Report on vaccination in the Province of Bengal - 1869-1873
Year: 1869
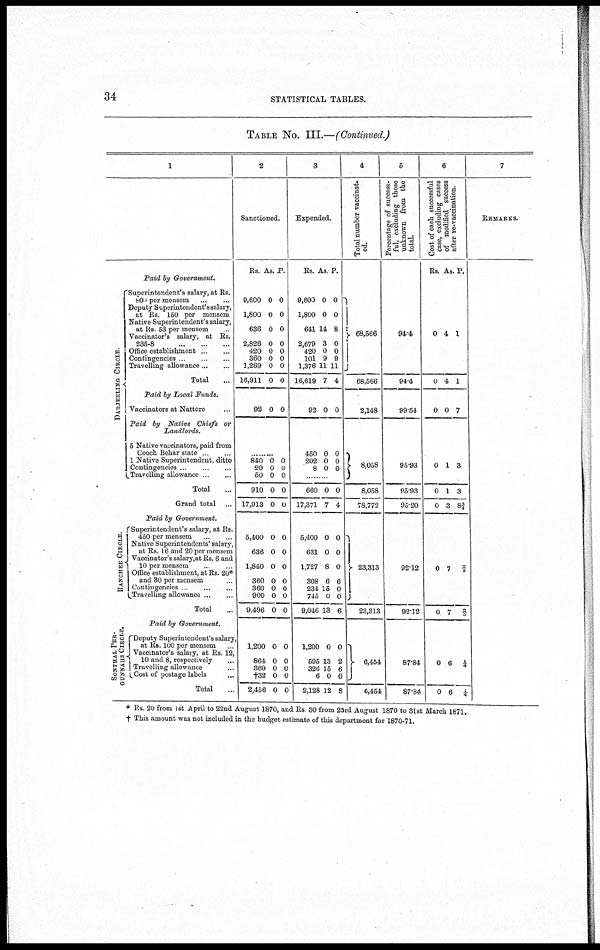
34
STATISTICAL TABLES.
TABLE No. III.—(Continued.)
1
DARJE E L ING CIRCLE.
RANCHEE CIRCLE.
SONTHAL PER¬
GUNNAHS CIRCLE.
Paid by Government.
Superintendent's salary, at Rs.
800 per mensem
...
...
Deputy Superintendent's salary,
at Rs. 150 per mensem
Native Superintendent's salary,
at Rs. 53 per mensem ...
Vaccinator's salary, at Rs.
235-8
...
...
...
Office establishment
...
...
Contingencies ... ...
Travelling allowance ... ...
Total ...
Paid by Local Funds.
Vaccinators at Nattore ...
Paid by Native Chiefs or
Landlords.
5 Native vaccinators, paid from
Cooch Behar state ...
1 Native Superintendent, ditto
Contingencies ... ... ...
Travelling allowance ... ...
Total ...
Grand total ...
Paid by Government.
Superintendent's salary, at Rs.
450 per mensem ...
Native Superintendents' salary,
at Rs 16 and 20 per mensem
Vaccinator's salary,at Rs. 6 and
10 per mensem ...
Office establishment, at Rs. 20*
and 30 per mensem ...
Contingencies
...
...
Travelling allowance ... ...
Total ...
Paid by Government.
Deputy Superintendent's salary,
at Rs. 100 per mensem ...
Vaccinator's salary, at Rs. 12,
10 and 8, respectively ...
Travelling allowance ...
Cost of postage labels ...
Total ...
2
Sanctioned.
Rs.
9,600
1,800
636
2,826
420
360
1,269
16,911
As.
0
0
0
0
0
0
0
0
P.
0
0
0
0
0
0
0
0
92 0 0
.........
840
20
50
910
17,913
0
0
0
0
0
0
0
0
0
0
5,400
636
1,840
360
360
900
9,496
0
0
0
0
0
0
0
0
0
0
0
0
0
0
1,200
864
360
†32
2,456
0
0
0
0
0
0
0
0
0
0
3
Expended.
Rs.
9,600
1,800
641
2,679
420
101
1,376
16,619
As.
0
0
14
3
0
9
11
7
P.
0
0
8
0
0
9
11
4
92 0 0
450
202
8
0
0
0
0
0
0
....
660
17,371
0
7
0
4
5,400
631
1,727
308
234
745
9,046
0
0
8
6
15
0
13
0
0
0
6
0
0
6
1,200
595
326
6
2,128
0
13
15
0
12
0
2
6
0
8
4
Total number vaccinat¬
ed.
68,566
68,566
2,148
8,058
8,058
78,772
23,313
23,313
6,454
6,454
5
Percentage of success-
ful, excluding those
unknown from the
total.
94.4
94.4
99.54
95.93
95.93
95.20
92.12
92.12
87.84
87.84
6
Cost of each successful
case, excluding cases
of modified success
after re-vaccination.
Rs.
0
0
As.
4
4
P.
1
1
0 0 7
0
0
0
1
1
3
3
3
8¾
0
0
7
7
2/5
2/5
0
0
6
6
¼
¼
7
REMARKS.
* Rs. 20 from 1st April to 22nd August 1870, and Rs 30 from 23rd August 1870 to 31st March 1871.
† This amount was not included in the budget estimate of this department for 1870-71.